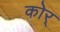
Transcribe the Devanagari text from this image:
कोर्